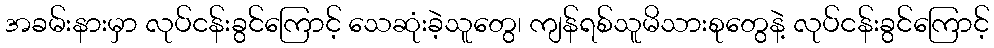
အခမ်းနားမှာ လုပ်ငန်းခွင်ကြောင့် သေဆုံးခဲ့သူတွေ၊ ကျန်ရစ်သူမိသားစုတွေနဲ့ လုပ်ငန်းခွင်ကြောင့်